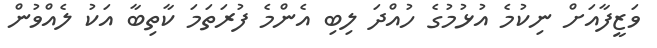
ވަޒީފާއަށް ނިކުމެ އުޅުމުގެ ހުއްދަ ލިބި އެންމެ ފުރަތަމަ ކާތިބާ އަކު ލެއްވުން